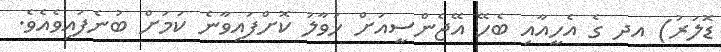
ޑޮލަރު) އދ ގެ އެހީއާއި ބެހޭ އޭޖެންސީއަށް ހަވާލު ކޮށްފައިވާނެ ކަމަށް ބުނެފައިވެއެވެ.